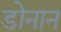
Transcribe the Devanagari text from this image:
डोनान